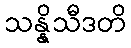
သန္နိသီဒတိ